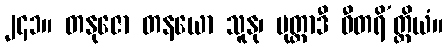
၂၄၁။ တနုဇော တနယော သူနု၊ ပုတ္တာဒီ ဓီတရိ’တ္ထိယံ။